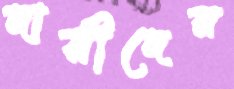
দায়ীদের